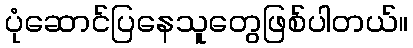
ပုံဆောင်ပြနေသူတွေဖြစ်ပါတယ်။